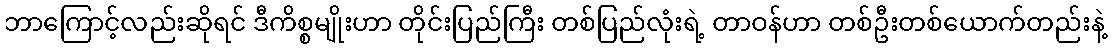
ဘာကြောင့်လည်းဆိုရင် ဒီကိစ္စမျိုးဟာ တိုင်းပြည်ကြီး တစ်ပြည်လုံးရဲ့ တာဝန်ဟာ တစ်ဦးတစ်ယောက်တည်းနဲ့